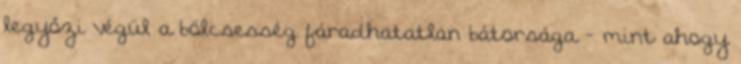
legyőzi végül a bölcsesség fáradhatatlan bátorsága - mint ahogy